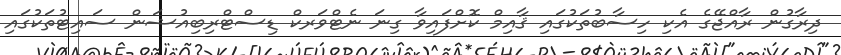
ދިރާގުން ރާއްޖޭގެ އެކި ހިސާބުތަކުގައި ޤާއިމް ކޮށްފައިވާ ގިނަ ނެޓްވަރކް ޑިސްޓްރިބިއުޝަން ސައިޓުތަކުގައި